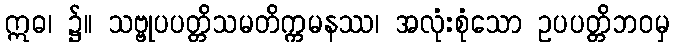
ဣဓ၊ ၌။ သဗ္ဗုပပတ္တိသမတိက္ကမနဿ၊ အလုံးစုံသော ဥပပတ္တိဘဝမှ